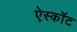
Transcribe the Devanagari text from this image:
ऐस्कॉट